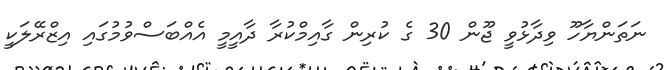
ނަތަންޔާހޫ ވިދާޅުވީ ޖޫން 30 ގެ ކުރިން ގާއިމްކުރާ ދާއީމީ އެއްބަސްވުމުގައި އިޒްރޭލަކީ